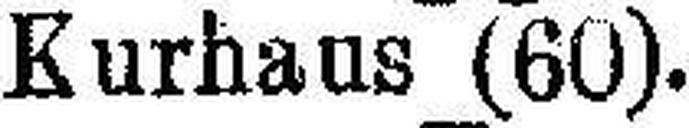
Kurhaus (60).